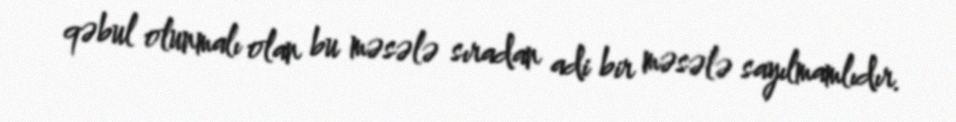
qəbul olunmalı olan bu məsələ sıradan adi bir məsələ sayılmamlıdır.